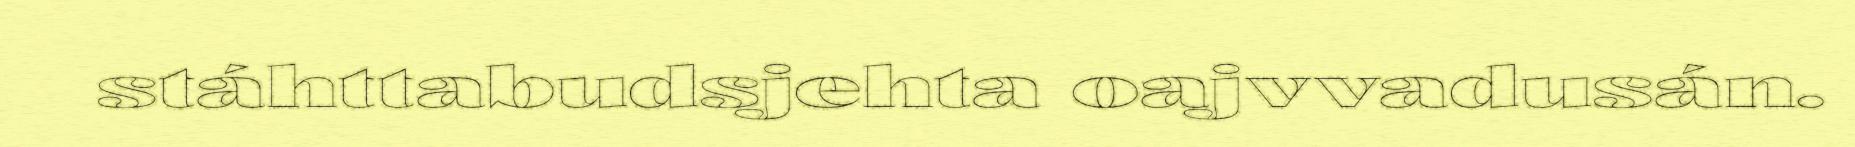
stáhttabudsjehta oajvvadusán.